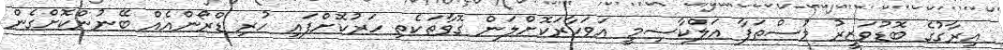
އިރާގުގެ ބޮޑުވަޒީރު މުސްތަފާ އަލްކާޟިމީ އަވަހާރަކޮށްލަން ގޮވާތަކެތި ހަރުކޮށްފައި ހުރި ޑްރޯންއެއް ބޭނުންކޮށްގެން